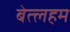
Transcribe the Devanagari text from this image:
बेत्लहम